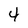
Character: 4